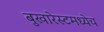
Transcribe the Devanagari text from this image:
बुखारेस्टमध्येच